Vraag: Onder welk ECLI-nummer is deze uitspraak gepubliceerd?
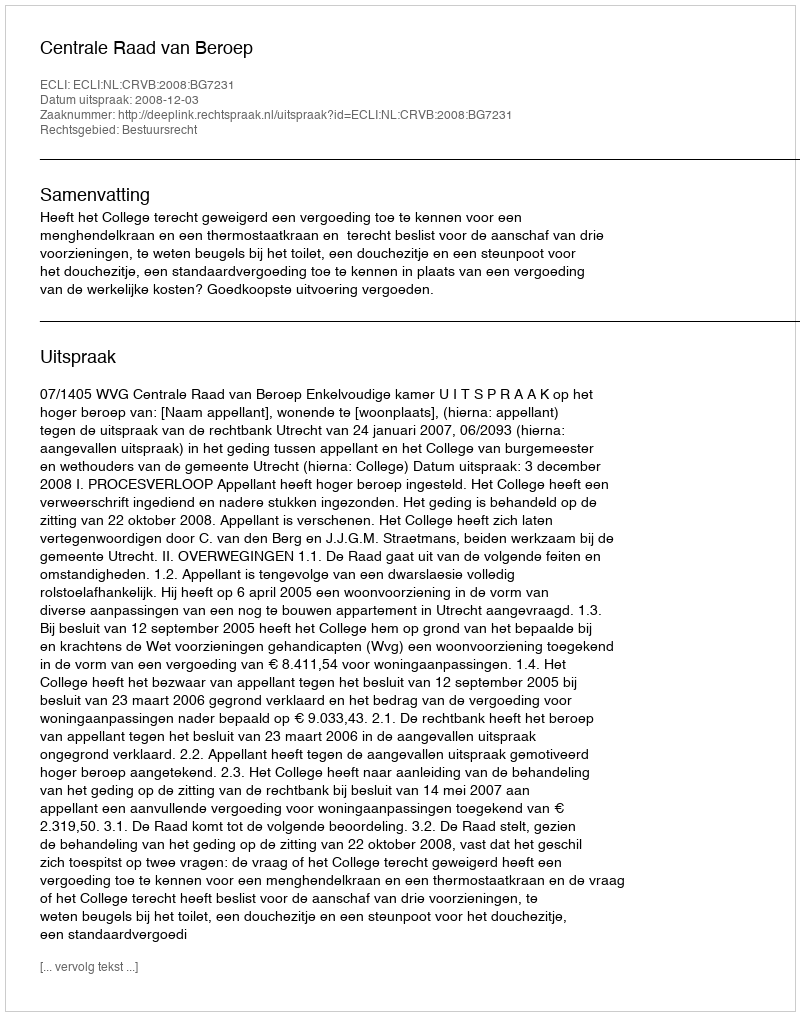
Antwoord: ECLI:NL:CRVB:2008:BG7231